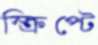
স্ক্রিপ্টে